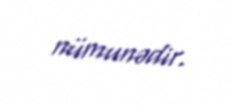
nümunədir.